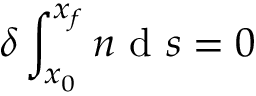
\delta \int _ { \boldsymbol { x } _ { 0 } } ^ { \boldsymbol { x } _ { f } } n \mathrm { ~ d ~ } s = 0